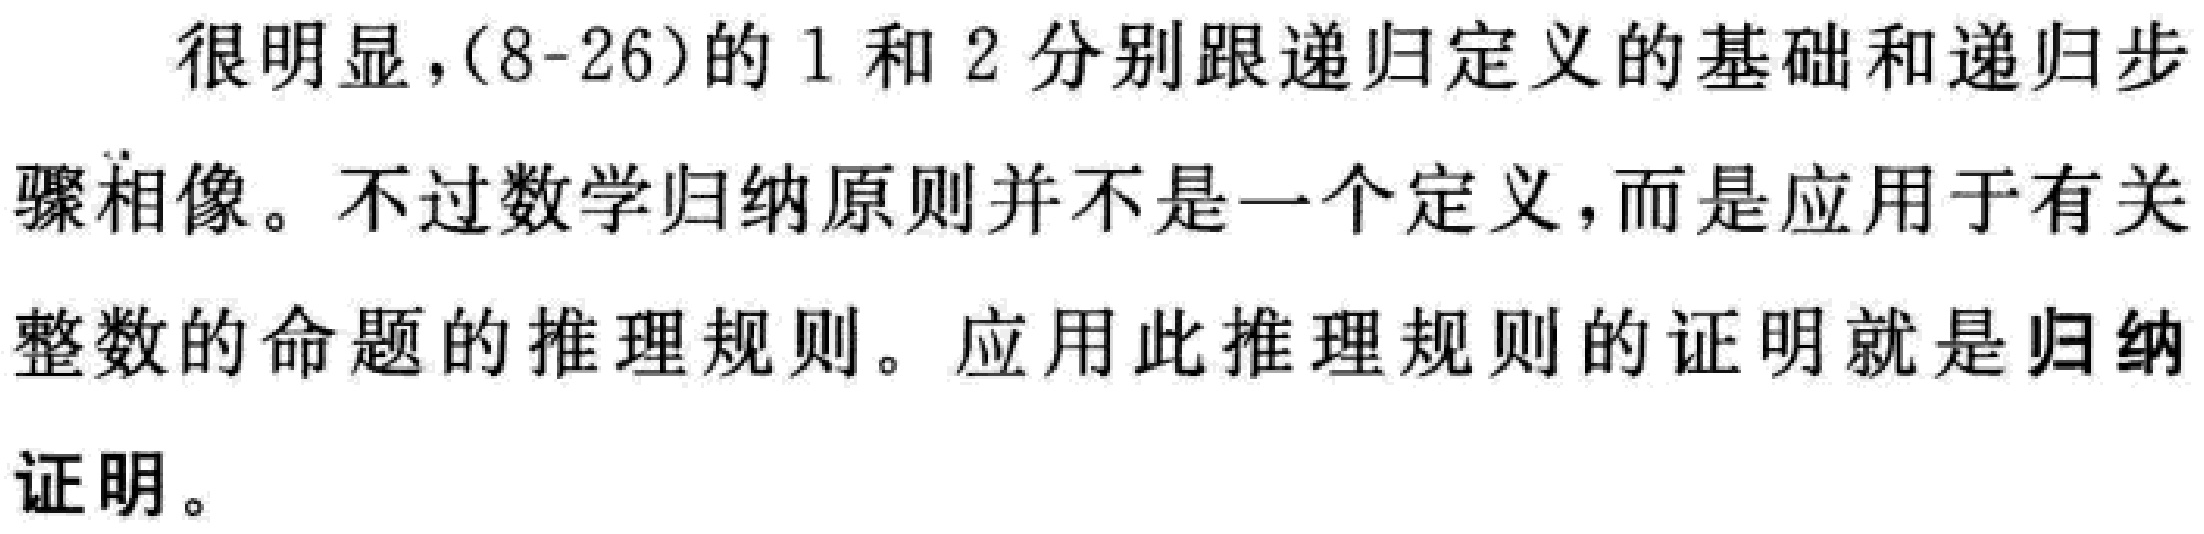
很明显，(8-26)的1和2分别跟递归定义的基础和递归步骤相像。不过数学归纳原则并不是一个定义，而是应用于有关整数的命题的推理规则。应用此推理规则的证明就是归纳证明。